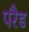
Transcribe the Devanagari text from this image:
परैड